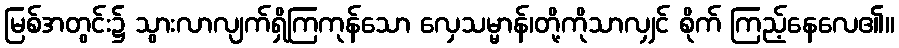
မြစ်အတွင်း၌ သွားလာလျက်ရှိကြကုန်သော လှေသမ္မာန်၊တို့ကိုသာလျှင် စိုက် ကြည့်နေလေ၏။